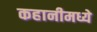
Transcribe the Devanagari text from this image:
कहानीमध्ये